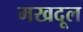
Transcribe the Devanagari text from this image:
मखदूल